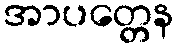
အာပတ္တေန